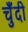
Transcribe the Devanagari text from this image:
चुँदी